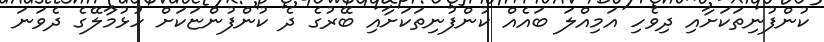
ކުންފުނިތަކަށާއި ދިވެހި އަމިއްލަ ބައެއް ކުންފުނިތަކަށާއި ބޭރުގެ ދެ ކުންފުންޏަކަށް ހުޅުމާލޭގެ ދެވަނަ